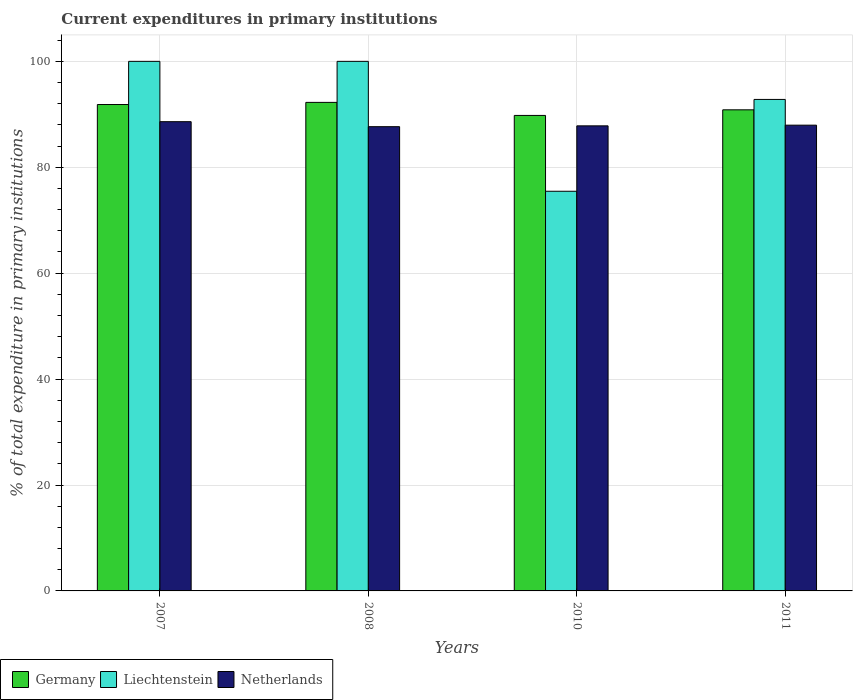
| Years | Germany | Liechtenstein | Netherlands |
 | --- | --- | --- | --- |
 | 2007 | 91.8 | 100 | 88.6 |
 | 2008 | 92.3 | 100 | 87.7 |
 | 2010 | 89.8 | 75.5 | 87.8 |
 | 2011 | 90.8 | 92.8 | 87.9 |